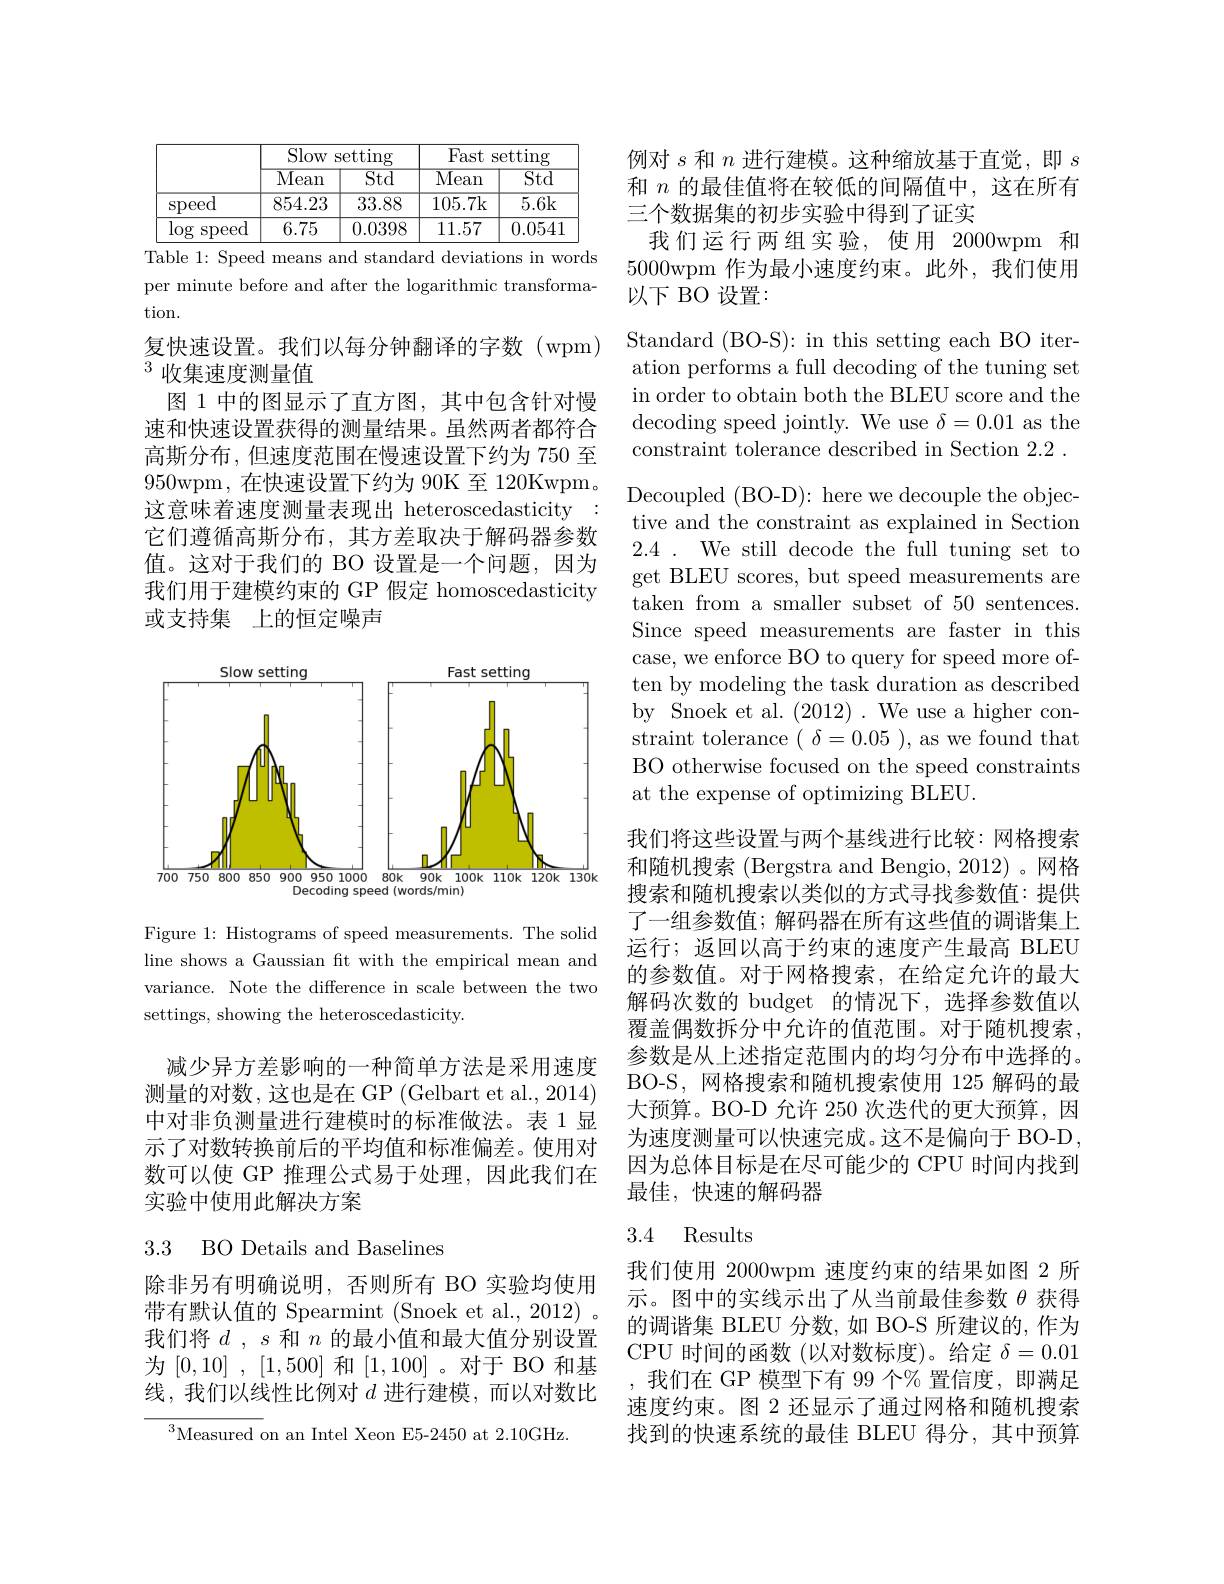
<table>
	<tbody>
		<tr>
			<th> </th>
			<th colspan="2">Slow setting</th>
			<th colspan="2">Fast setting</th>
		</tr>
		<tr>
			<th> </th>
			<th>$\overline{\mathrm{Mean}}$</th>
			<th>$\overline{\mathrm{Std}}$</th>
			<th>$\overline{\mathrm{Mean}}$</th>
			<th>$\overline{\mathrm{Std}}$</th>
		</tr>
		<tr>
			<td>speed</td>
			<td>854.23</td>
			<td>33.88</td>
			<td>105.7k</td>
			<td>5.6k</td>
		</tr>
		<tr>
			<td>$\log$ $\operatorname{speed}$</td>
			<td>6.75</td>
			<td>0.0398</td>
			<td>11.57</td>
			<td>0.0541</td>
		</tr>
	</tbody>
</table>
Table 1: Speed means and standard deviations in words

per minute before and after the logarithmic transforma-
tion.

复快速设置。我们以每分钟翻译的字数(wpm)
$^{3}$收集速度测量值
图 1 中的图显示了直方图，其中包含针对慢速和快速设置获得的测量结果。虽然两者都符合高斯分布，但速度范围在慢速设置下约为 750 至950wpm,在快速设置下约为 90K 至 120Kwpm。这意味着速度测量表现出 heteroscedasticity : 它们遵循高斯分布，其方差取决于解码器参数值。这对于我们的 BO 设置是一个问题，因为我们用于建模约束的 GP 假定 homoscedasticity 或支持集 上的恒定噪声

<FigureHere>

Figure 1: Histograms of speed measurements. The solid line shows a Gaussian ft with the empirical mean and variance. Note the difference in scale between the two settings, showing the heteroscedasticity.

减少异方差影响的一种简单方法是采用速度测量的对数，这也是在 GP (Gelbart et al., 2014) 中对非负测量进行建模时的标准做法。表 1 显示了对数转换前后的平均值和标准偏差。使用对数可以使 GP 推理公式易于处理，因此我们在实验中使用此解决方案

## 3.3 BO Details and Baselines

除非另有明确说明，否则所有 BO 实验均使用带有默认值的 Spearmint (Snoek et al., 2012) 。我们将$d,s$和$n$的最小值和最大值分别设置为[0,10] , [1,500] 和[1,100]。对于 BO 和基线，我们以线性比例对$d$进行建模，而以对数比

$^3$Measured on an Intel Xeon E5- 2450 at 2. 10GHz

例对$s$和$n$进行建模。这种缩放基于直觉，即$s$ 和$n$的最佳值将在较低的间隔值中，这在所有三个数据集的初步实验中得到了证实
我们运行两组实验，使用 2000wpm 和5000wpm 作为最小速度约束。此外，我们使用以下 BO 设置：

Standard (BO-S): in this setting each BO iteration performs a full decoding of the tuning set in order to obtain both the BLEU score and the decoding speed jointly. We use $\delta=0.01$ as the constraint tolerance described in Section 2.2 .

Decoupled (BO-D): here we decouple the objective and the constraint as explained in Section $2.4~.~$We still decode the full tuning set to get BLEU scores, but speed measurements are taken from a smaller subset of 50 sentences. Since speed measurements are faster in this case, we enforce BO to query for speed more often by modeling the task duration as described by Snoek et al. (2012). We use a higher constraint tolerance $(\delta=0.05)$, as we found that BO otherwise focused on the speed constraints at the expense of optimizing BLEU.
我们将这些设置与两个基线进行比较：网格搜索和随机搜索 (Bergstra and Bengio, 2012)。网格搜索和随机搜索以类似的方式寻找参数值：提供了一组参数值；解码器在所有这些值的调谐集上运行；返回以高于约束的速度产生最高 BLEU 的参数值。对于网格搜索，在给定允许的最大解码次数的 budget 的情况下，选择参数值以覆盖偶数拆分中允许的值范围。对于随机搜索， 参数是从上述指定范围内的均匀分布中选择的。BO-S, 网格搜索和随机搜索使用 125 解码的最大预算。BO-D 允许 250 次迭代的更大预算，因为速度测量可以快速完成。这不是偏向于 BO-D. 因为总体目标是在尽可能少的 CPU 时间内找到最佳，快速的解码器
3.4 Results

我们使用 2000wpm 速度约束的结果如图 2 所示。图中的实线示出了从当前最佳参数$\theta$获得的调谐集 BLEU 分数，如 BO-S 所建议的，作为CPU 时间的函数(以对数标度)。给定$\delta=0.01$ ,我们在 GP 模型下有 99 个% 置信度，即满足速度约束。图 2 还显示了通过网格和随机搜索找到的快速系统的最佳 BLEU 得分，其中预算